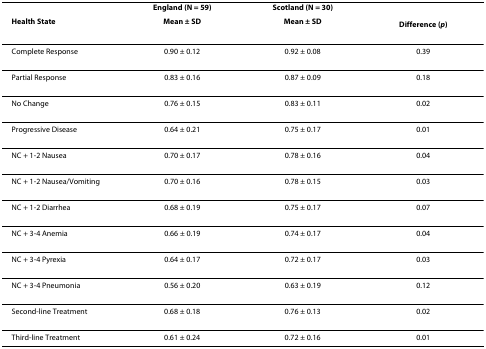
<table><thead><tr><td></td><td><b>England (N = 59)</b></td><td><b>Scotland (N = 30)</b></td><td></td></tr><tr><td><b>Health State</b></td><td><b>Mean ± SD</b></td><td><b>Mean ± SD</b></td><td><b>Difference (<i>p</i>)</b></td></tr></thead><tbody><tr><td>Complete Response</td><td>0.90 ± 0.12</td><td>0.92 ± 0.08</td><td>0.39</td></tr><tr><td>Partial Response</td><td>0.83 ± 0.16</td><td>0.87 ± 0.09</td><td>0.18</td></tr><tr><td>No Change</td><td>0.76 ± 0.15</td><td>0.83 ± 0.11</td><td>0.02</td></tr><tr><td>Progressive Disease</td><td>0.64 ± 0.21</td><td>0.75 ± 0.17</td><td>0.01</td></tr><tr><td>NC + 1-2 Nausea</td><td>0.70 ± 0.17</td><td>0.78 ± 0.16</td><td>0.04</td></tr><tr><td>NC + 1-2 Nausea/Vomiting</td><td>0.70 ± 0.16</td><td>0.78 ± 0.15</td><td>0.03</td></tr><tr><td>NC + 1-2 Diarrhea</td><td>0.68 ± 0.19</td><td>0.75 ± 0.17</td><td>0.07</td></tr><tr><td>NC + 3-4 Anemia</td><td>0.66 ± 0.19</td><td>0.74 ± 0.17</td><td>0.04</td></tr><tr><td>NC + 3-4 Pyrexia</td><td>0.64 ± 0.17</td><td>0.72 ± 0.17</td><td>0.03</td></tr><tr><td>NC + 3-4 Pneumonia</td><td>0.56 ± 0.20</td><td>0.63 ± 0.19</td><td>0.12</td></tr><tr><td>Second-line Treatment</td><td>0.68 ± 0.18</td><td>0.76 ± 0.13</td><td>0.02</td></tr><tr><td>Third-line Treatment</td><td>0.61 ± 0.24</td><td>0.72 ± 0.16</td><td>0.01</td></tr></tbody></table>